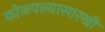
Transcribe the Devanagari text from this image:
कोळपल्यासारखी